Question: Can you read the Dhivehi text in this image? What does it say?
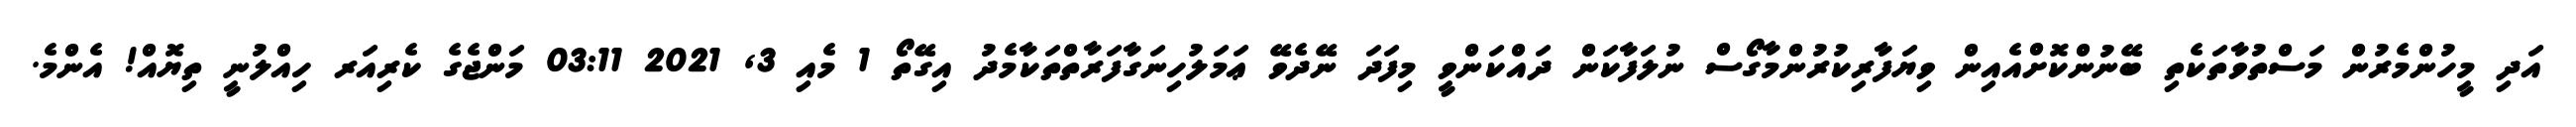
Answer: އަދި މީހުންމެރުން މަސްތުވާތަކެތި ބޭނުންކޮށްއެއިން ވިޔަފާރިކުރުންމާގޯސް ނުލަފާކަން ދައްކަންވީ މިފަދަ ނޭދެވޭ ޢަމަލުހިނަގާފަރާތްތަކާމެދު އިގޭތޯ 1 މެއި 3, 2021 03:11 މަންޖެގެ ކެރިއަރ ހިއްލުނީ ތިޔޮއް! އެންމެ.